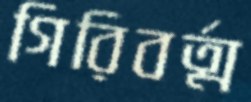
গিরিবর্ত্ম